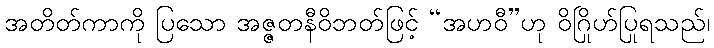
အတိတ်ကာကို ပြသော အဇ္ဇတနီဝိဘတ်ဖြင့် “အဟဝီ”ဟု ဝိဂြိုဟ်ပြုရသည်၊